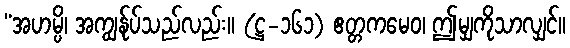
“အဟမ္ပိ၊ အကျွန်ုပ်သည်လည်း။ (ဋ္ဌ-၁၆၁) ဧတ္တကမေဝ၊ ဤမျှကိုသာလျှင်။